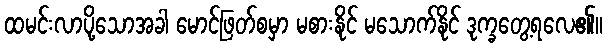
ထမင်းလာပို့သောအခါ မောင်ဖြတ်စမှာ မစားနိုင် မသောက်နိုင် ဒုက္ခတွေ့ရလေ၏။